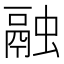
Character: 融